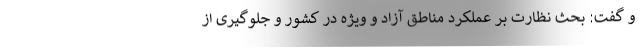
و گفت: بحث نظارت بر عملکرد مناطق آزاد و ویژه در کشور و جلوگیری از